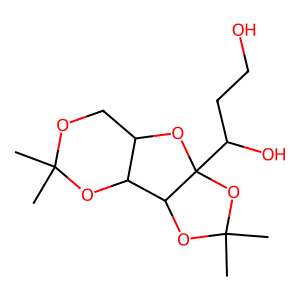
SMILES: CC1(C)OCC2OC3(C(O)CCO)OC(C)(C)OC3C2O1
Inhibits HIV replication: No